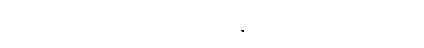
၁၁-ဘုံဟူသော ဤအရပ်ကို။ ကာမာဝစရောတွေဝ၊ ကာမာဝစရ ဟူ၍သာ။